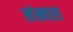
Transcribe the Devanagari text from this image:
संखारा